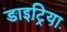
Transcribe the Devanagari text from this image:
डाइट्रिया